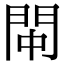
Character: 𫔚